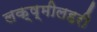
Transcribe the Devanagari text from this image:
लक्ष्मीलहरी